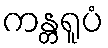
ကန္တရူပံ